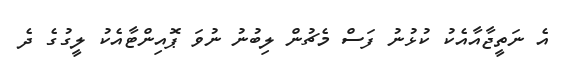
އެ ނަތީޖާއާއެކު ކުޅުނު ފަސް މެޗުން ލިބުނު ނުވަ ޕޮއިންޓާއެކު ލީގުގެ ދެ